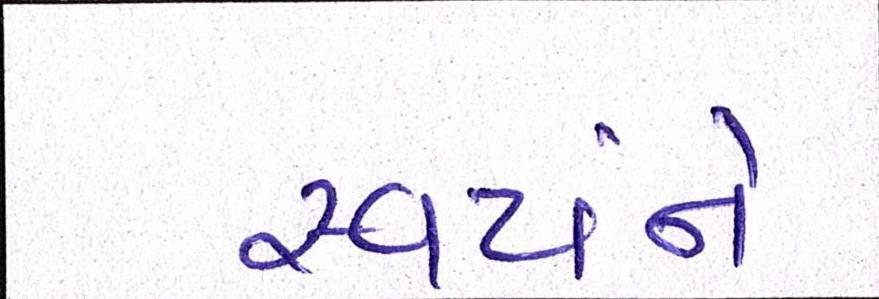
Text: સ્વયંને